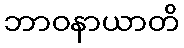
ဘာဝနာယာတိ